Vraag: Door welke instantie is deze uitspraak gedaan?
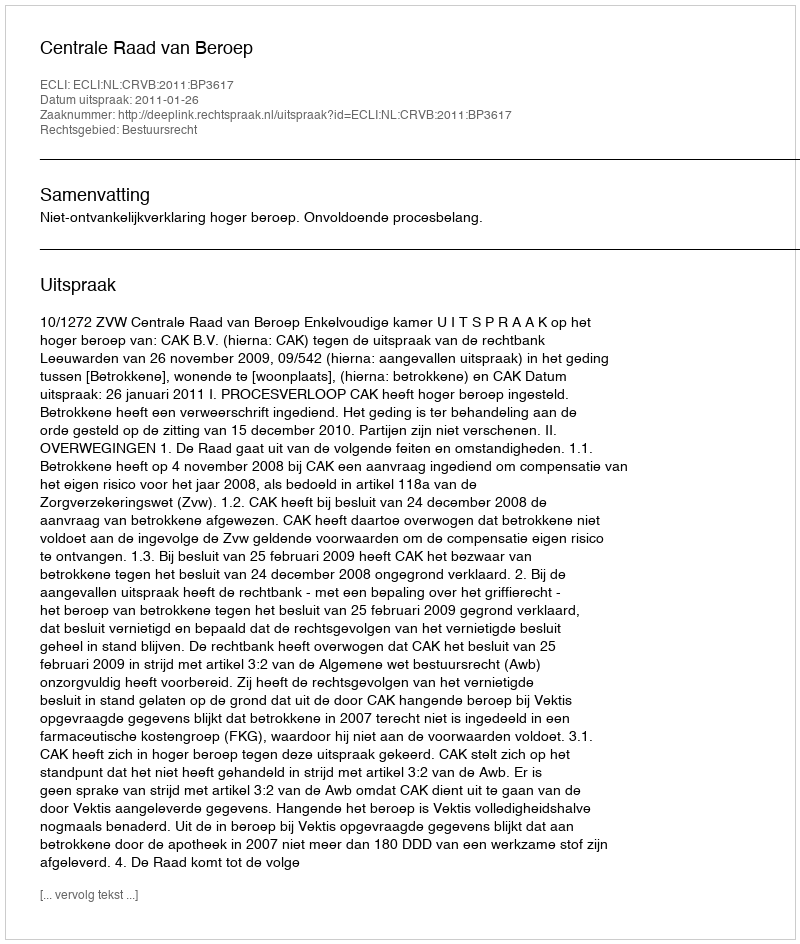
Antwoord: Centrale Raad van Beroep